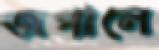
জপালে